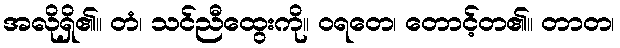
အလိုရှိ၏။ တံ၊ သင်ညီထွေးကို။ ဝရတေ၊ တောင့်တ၏။ တာတ၊